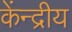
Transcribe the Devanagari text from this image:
केंन्‍द्रीय